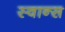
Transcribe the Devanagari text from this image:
स्वान्स